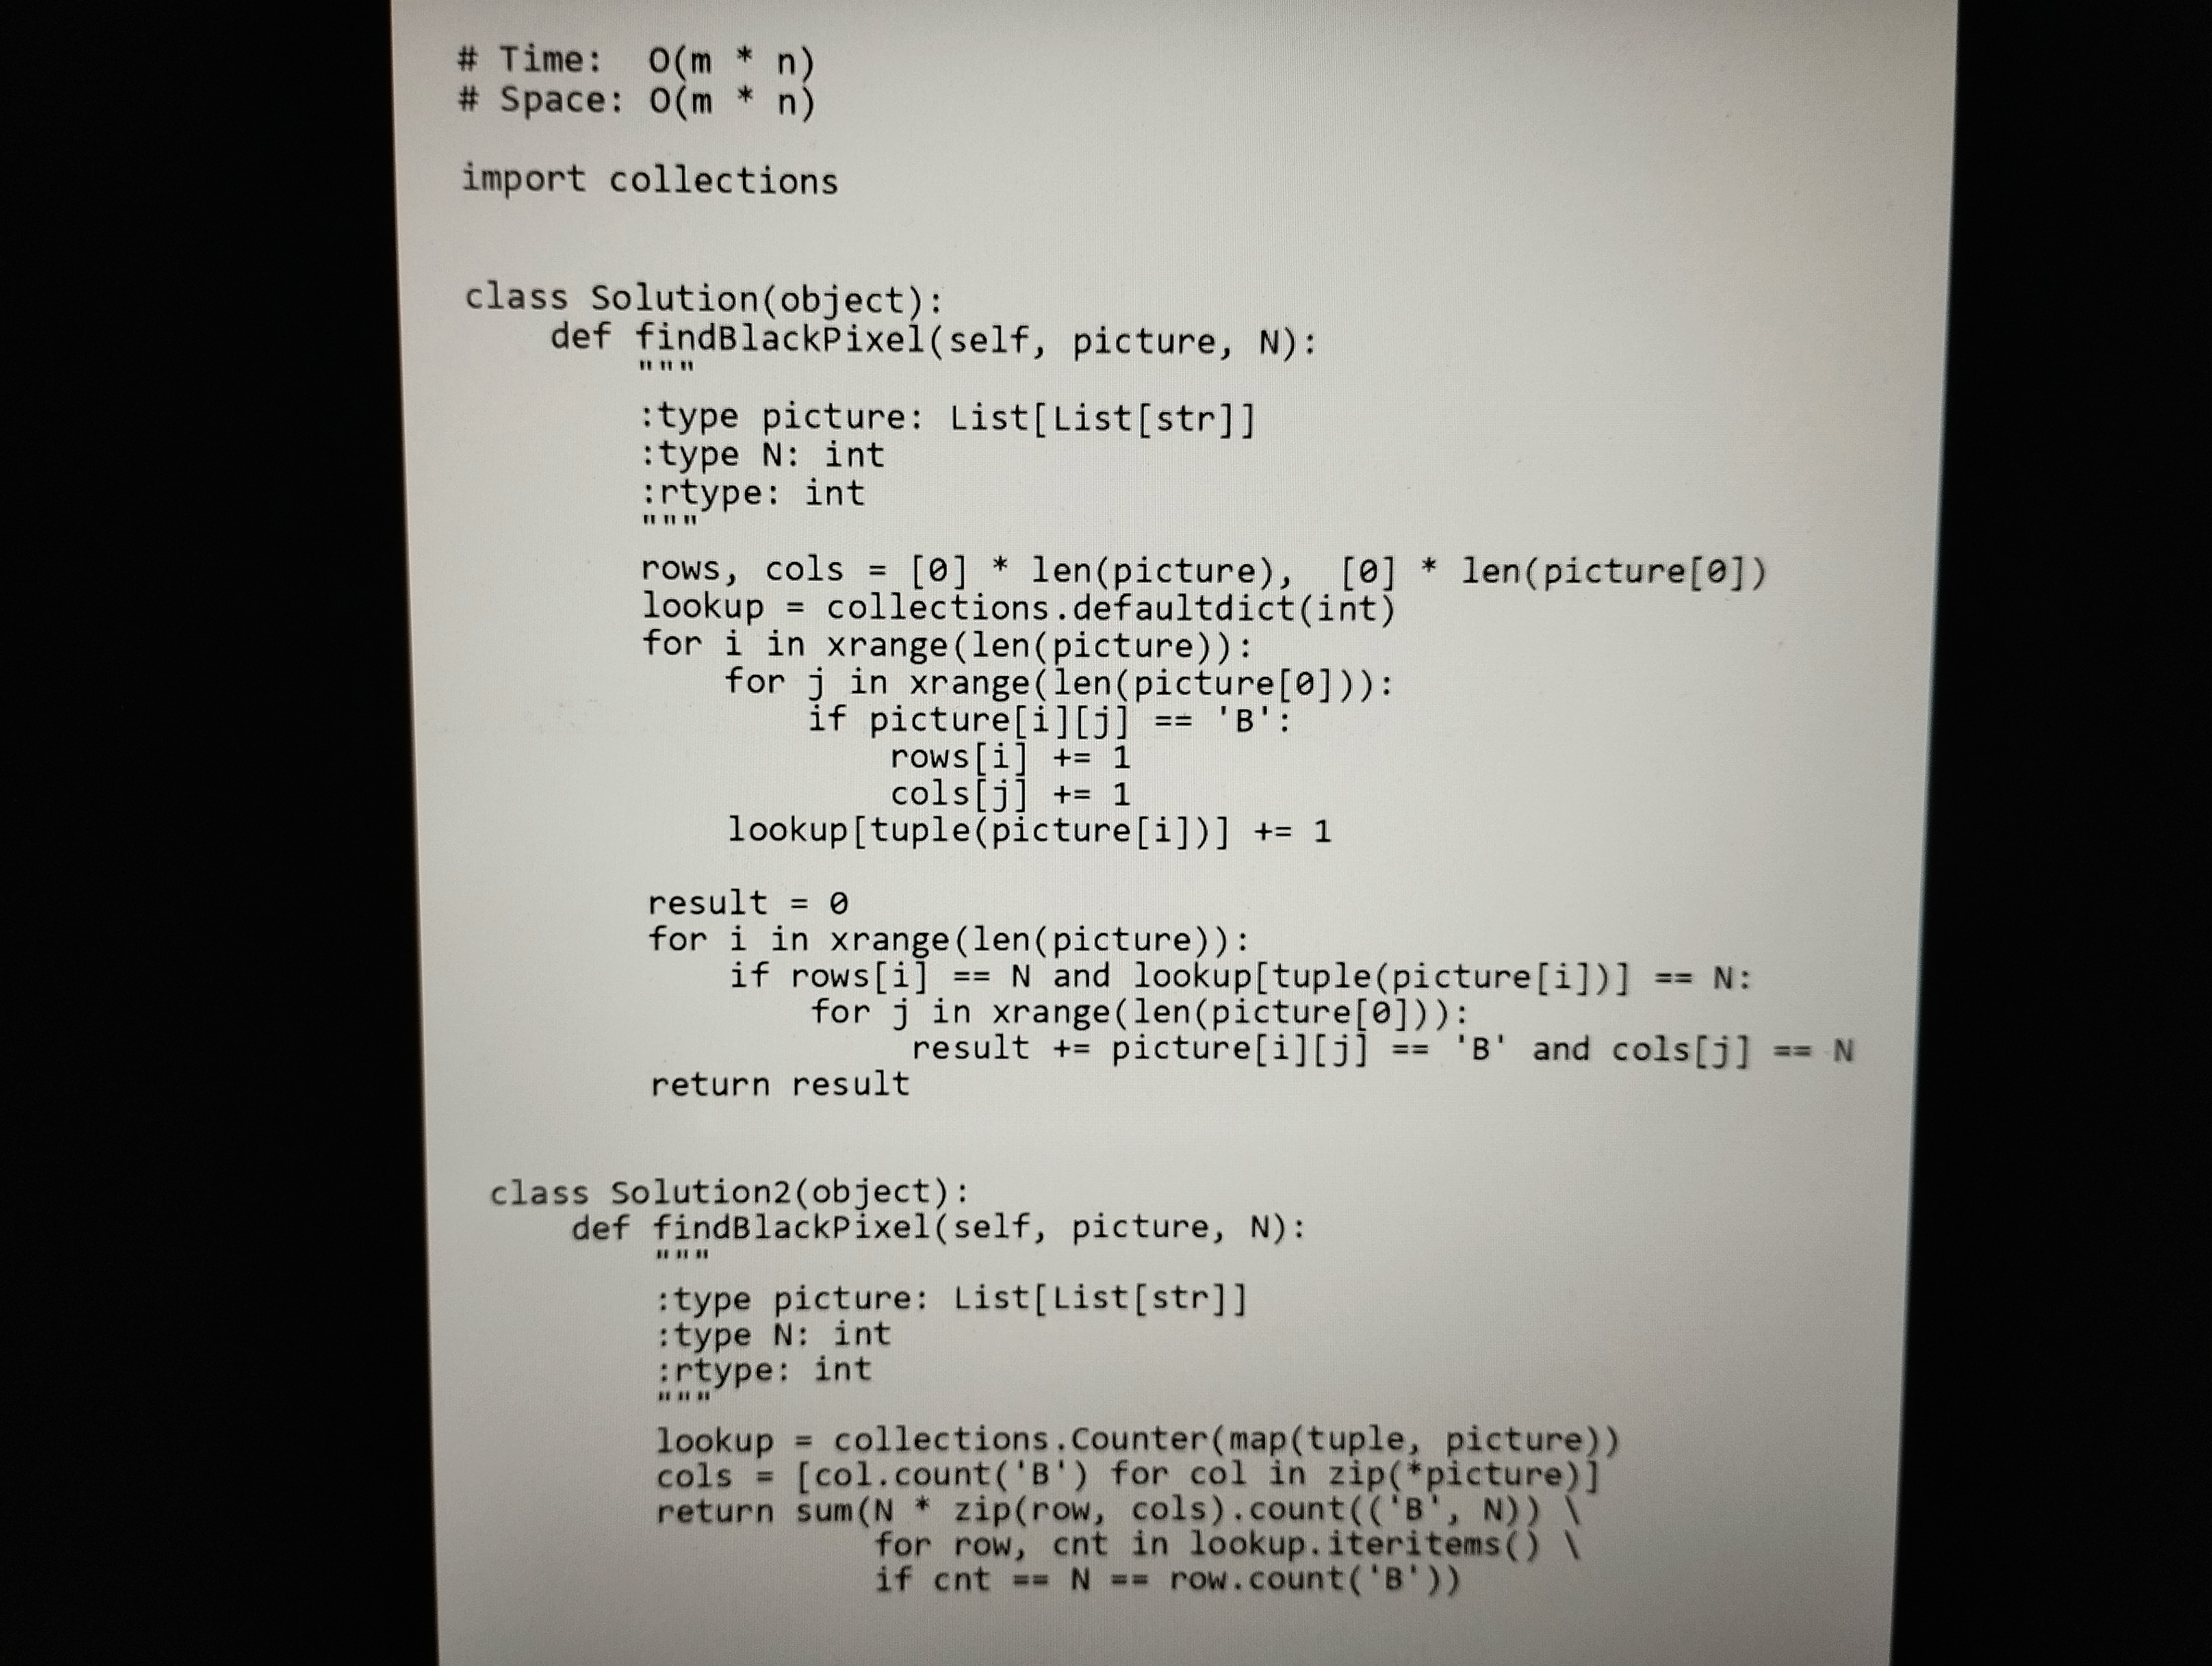
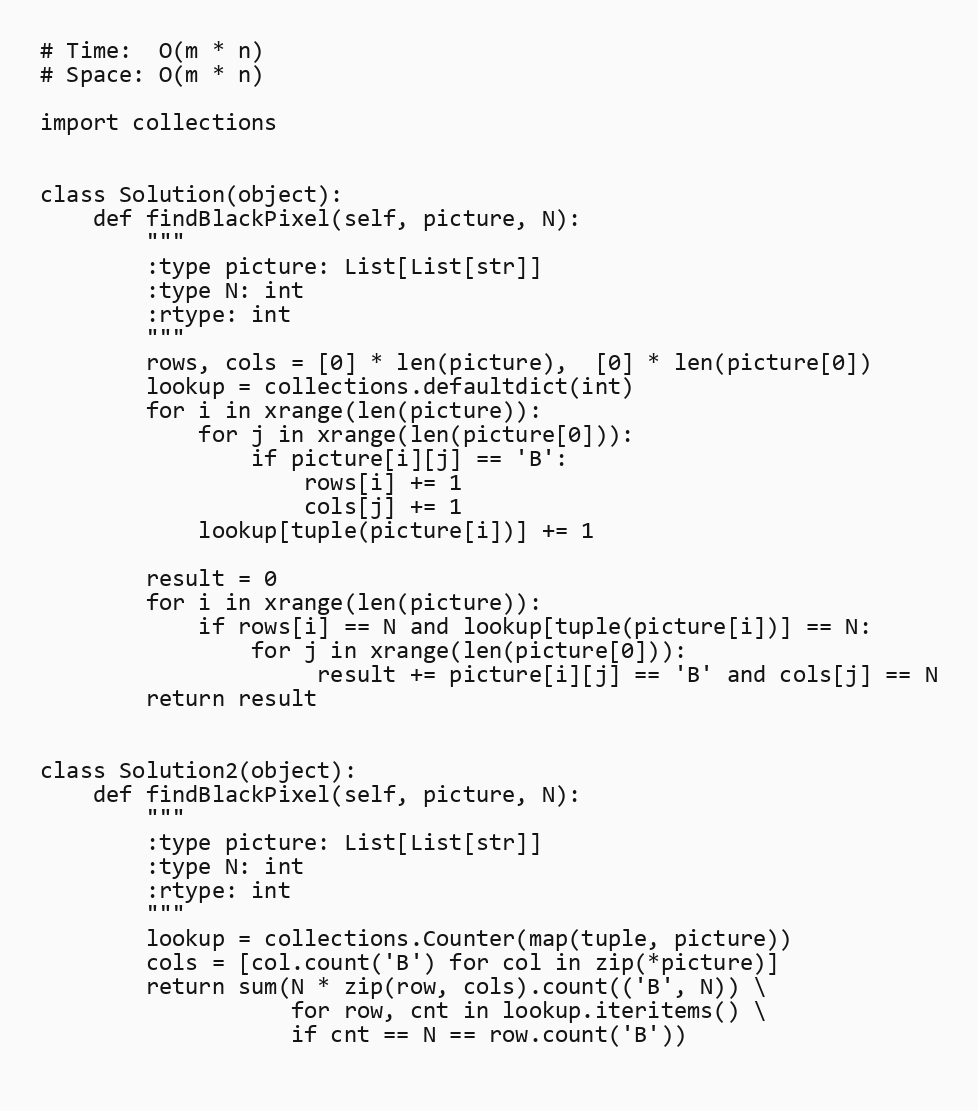
# Time:  O(m * n)
# Space: O(m * n)

import collections

class Solution(object):
    def findBlackPixel(self, picture, N):
        """
        :type picture: List[List[str]]
        :type N: int
        :rtype: int
        """
        rows, cols = [0] * len(picture),  [0] * len(picture[0])
        lookup = collections.defaultdict(int)
        for i in xrange(len(picture)):
            for j in xrange(len(picture[0])):
                if picture[i][j] == 'B':
                    rows[i] += 1
                    cols[j] += 1
            lookup[tuple(picture[i])] += 1

        result = 0
        for i in xrange(len(picture)):
            if rows[i] == N and lookup[tuple(picture[i])] == N:
                for j in xrange(len(picture[0])):
                     result += picture[i][j] == 'B' and cols[j] == N
        return result

class Solution2(object):
    def findBlackPixel(self, picture, N):
        """
        :type picture: List[List[str]]
        :type N: int
        :rtype: int
        """
        lookup = collections.Counter(map(tuple, picture))
        cols = [col.count('B') for col in zip(*picture)]
        return sum(N * zip(row, cols).count(('B', N)) \
                   for row, cnt in lookup.iteritems() \
                   if cnt == N == row.count('B'))